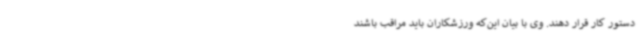
دستور کار قرار دهند. وی با بیان این‌که ورزشکاران باید مراقب باشند